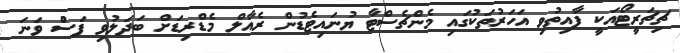
ޗިޗަރީޓޯއަކީ ފާއިތުވި އަހަރުތަކުގައި މެންޗެސްޓާ ޔުނައިޓެޑުން ރެއާލް މެޑްރިޑަށް ބަދަލުވި ފަސްު ވަނަ